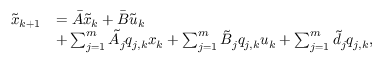
\begin{array} { r l } { \tilde { x } _ { k + 1 } } & { = \bar { A } \tilde { x } _ { k } + \bar { B } \tilde { u } _ { k } } \\ & { + \sum _ { j = 1 } ^ { m } \tilde { A } _ { j } q _ { j , k } x _ { k } + \sum _ { j = 1 } ^ { m } \tilde { B } _ { j } q _ { j , k } u _ { k } + \sum _ { j = 1 } ^ { m } \tilde { d } _ { j } q _ { j , k } , } \end{array}